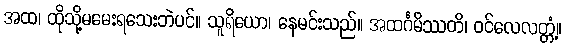
အထ၊ ထိုသို့မမေးရသေးဘဲပင်။ သူရိယော၊ နေမင်းသည်။ အထင်္ဂမိဿတိ၊ ဝင်လေလတ္တံ့။